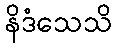
နိဒံသေသိ